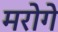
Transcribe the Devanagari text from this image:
मरोगे